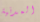
المدنية